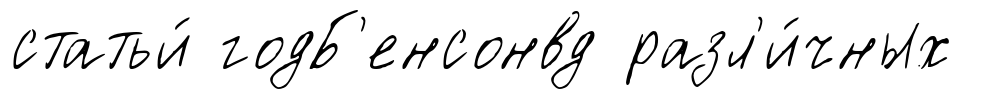
статьи́ годБ'енсонвд разл'и́чных